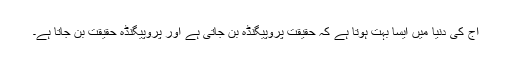
آج کی دنیا میں ایسا بہت ہوتا ہے کہ حقیقت پروپیگنڈہ بن جاتی ہے اور پروپیگنڈہ حقیقت بن جاتا ہے۔